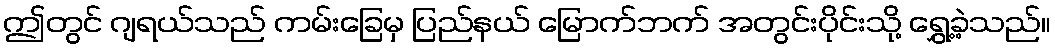
ဤတွင် ဂျရယ်သည် ကမ်းခြေမှ ပြည်နယ် မြောက်ဘက် အတွင်းပိုင်းသို့ ရွှေ့ခဲ့သည်။